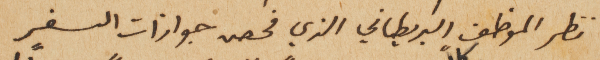
نظر الموظف البريطاني الذي فحص جوازات السفر